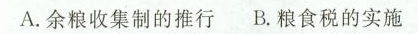
A.余粮收集制的推行 B.粮食税的实施